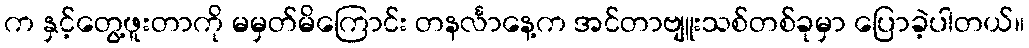
က နှင့်တွေ့ဖူးတာကို မမှတ်မိကြောင်း တနင်္လာနေ့က အင်တာဗျူးသစ်တစ်ခုမှာ ပြောခဲ့ပါတယ်။